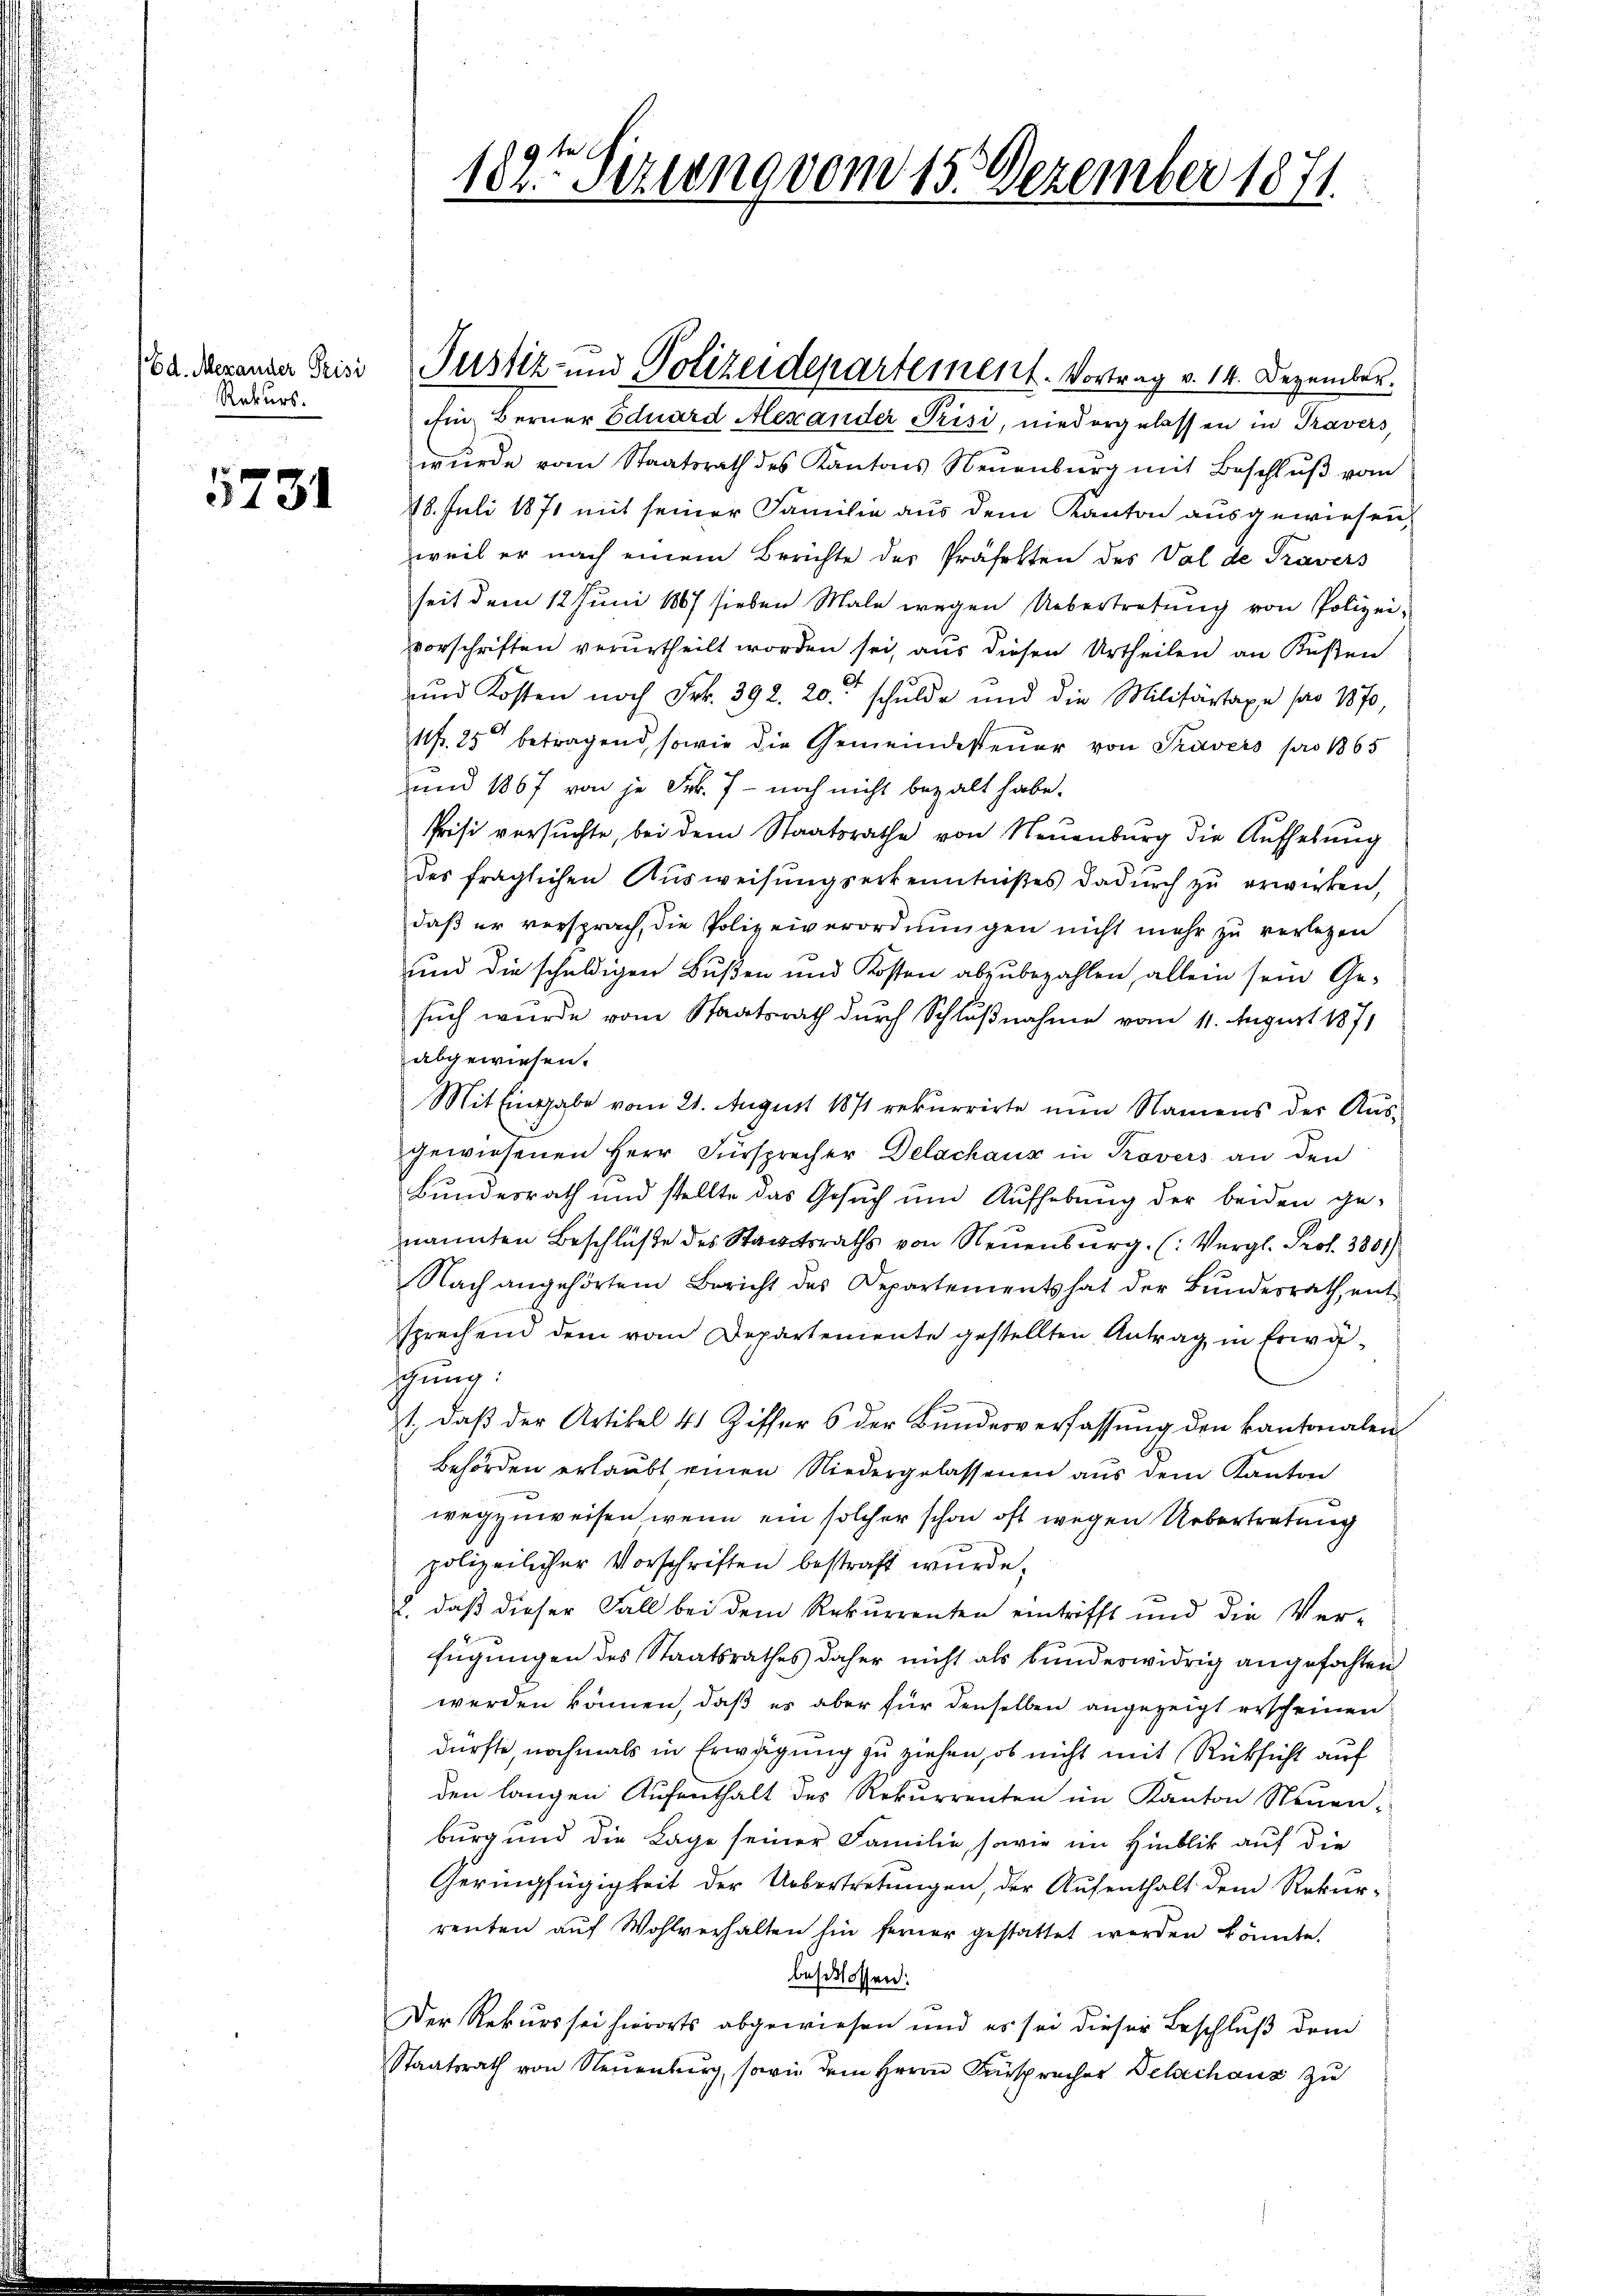
Ed. Mexander Prisi
Rekurs.

5731

182te Serung vom 15. Dezember 1871.

Ein Berner Eduard Alexander Prisi, niedergelassen in Travers,
wŭrde vom Staatsrath des Kantons Neuenburg mit Beschlŭβ vom
28. Juli 1871 mit seiner Familie aus dem Kanton ausgewiesen,
weil er nach einem Berichte des Präfekten des Val de Travers
seit dem 12 Juni 1867 sieben Male wegen Uebertretung von Polizei-
vvorschriften verurtheilt worden sei, aus diesen Urtheilen an Küsten
und Kosten noch Frk. 392. 20. schulde und die Militärtaxe pro 1870
11f. 25 betragend, sowie die Gemeindesteŭer von Travers pro 1865
und 1867 von je Frk. 7 - noch nicht bezalt habe.
Prisi versuchte, bei dem Staatsrathe von Neuenburg die Aufhebung
des fraglichen Ausweisungserkenntnißes dadurch zu erwirken,
daß er versprach, die Polizeiverordnungen nicht mehr zu verlegen
und die schuldigen Bußen und Kosten abzubezahlen, allein sein Gesuch wurde vom Staatsrath durch Schlußnahme vom 11. August 1871
abgewiesen.
Mit Eingabe vom 21. August 1871 rekurrirte nun Namens der Aus-
gewiesenen Herr Fürsprecher Delschaus in Provers an den
Bundesrath und stellte das Gesŭch ŭm Aŭfhebung der beiden ge-
nannten Beschlüße des Staatsraths von Neuenburg. (: Vergl. Prof. 3881/
Nach angehörtem Bericht des Departements hat der Bŭndesrath, entsprechen dem vom Departemente gestellten Antrag in Erwägung:
1., daß der Artikel 41 Ziffer 6 der Bundesverfassung den kantonalen
Behörden erlaubt einen Niedergelassenen aus dem Kanton
wegzuweisen wenn ein solcher schon oft wegen Uebertretung
polizeilicher Vorschriften bestraft wurde,
. daß dieser Fall bei dem Rekurrenten eintrifft und die Ver-
fügungen des Staatsrathes daher nicht als bundeswidrig angefochten
werden können, daß es aber für denselben angezeigt erscheinen
dürfte, nochmals in Erwägung zu ziehen, ob nicht mit Rücksicht auf
den langen Aufenthalt des Rekurrenten im Kanton Neuen-
burg und die Lage seiner Familie, sowie im Hinblik auf die
Geringfügigkeit der Uebertretungen, der Aufenthalt dem Rekur-
renten auf Wohlverhalten hin ferner gestattet werden könnte.
beschlossen:

Der Rekurs sei hierorts abgewiesen und es sei dieser Beschluß dem
Staatsrath von Neuenburg, sowie dem Herrn Fürsprecher Delachaus zu

Justiz- und Polizeidepartement. Vortrag v. 14. Dezember.